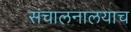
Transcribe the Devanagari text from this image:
संचालनालयाच